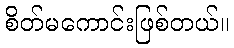
စိတ်မကောင်းဖြစ်တယ်။